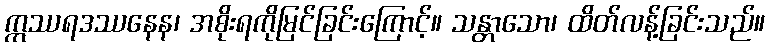
ဣဿရဒဿနေန၊ အစိုးရကိုမြင်ခြင်းကြောင့်။ သန္တာသော၊ ထိတ်လန့်ခြင်းသည်။